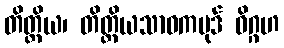
တိတ္ထိယ၊ တိတ္ထိယသာဝကပုဒ် ဝိဂ္ဂဟ